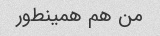
من هم همینطور